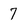
Character: 7